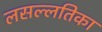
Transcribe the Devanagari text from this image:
लसल्लतिका